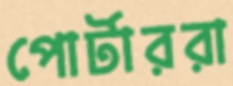
পোর্টাররা